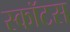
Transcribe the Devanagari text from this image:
स्कॉटस